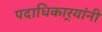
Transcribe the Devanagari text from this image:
पदाधिकार्‍यांनी